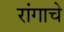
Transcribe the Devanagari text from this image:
रांगाचे